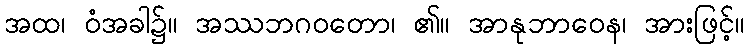
အထ၊ ဝံအခါ၌။ အဿဘဂဝတော၊ ၏။ အာနုဘာဝေန၊ အားဖြင့်။